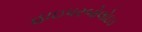
હાઇપરબોલોઇડ